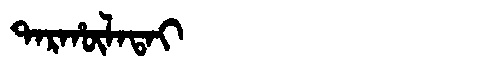
Manchu: ᡨᠠᡵᡥᡡᠯᠠᡨᠠᡳ
Romanization: TARHŪLATAI